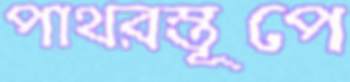
পাথরস্তূপে